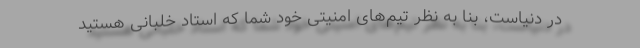
در دنیاست، بنا به نظر تیم‌های امنیتی خود شما که استاد خلبانی هستید